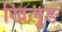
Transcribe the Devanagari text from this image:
खिलुङ